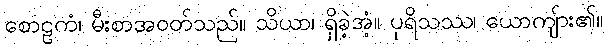
စောဠကံ၊ မီးစာအဝတ်သည်။ သိယာ၊ ရှိခဲ့အံ့။ ပုရိသဿ၊ ယောကျ်ား၏။